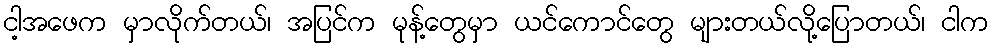
ငါ့အဖေက မှာလိုက်တယ်၊ အပြင်က မုန့်တွေမှာ ယင်ကောင်တွေ များတယ်လို့ပြောတယ်၊ ငါက